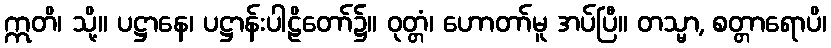
ဣတိ၊ သို့။ ပဋ္ဌာနေ၊ ပဋ္ဌာန်းပါဠိတော်၌။ ဝုတ္တံ၊ ဟောတာ်မူ အပ်ပြီ။ တသ္မာ, စတ္တာရောပိ၊